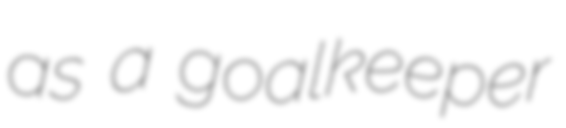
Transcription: as a goalkeeper